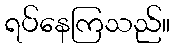
ရပ်နေကြသည်။